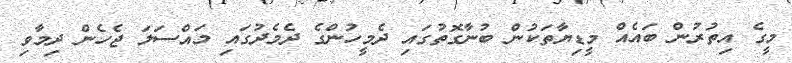
މީގެ އިތުރުން ބައެއް މީޑިޔާތަކުން ބުނާގޮތުގައި ދެމީހުންގެ ދެމެދުގައި މައްސަލަ ޖެހެން ދިމާވި